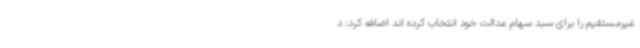
غیرمستقیم را برای سبد سهام عدالت خود انتخاب کرده اند اضافه کرد: د